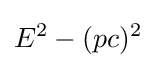
E^{2}-(pc)^{2}